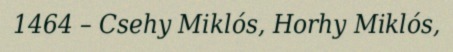
1464 – Csehy Miklós, Horhy Miklós,